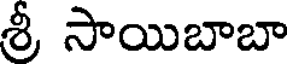
శ్రీ సాయిబాబా